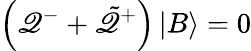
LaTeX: \left(\mathscr{Q}^{-}+\tilde{{\mathscr{Q}}}^{+}\right)\left|B\right\rangle=0